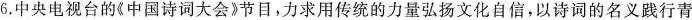
6.中央电视台的《中国诗词大会》节目，力求用传统的力量弘扬文化自信，以诗词的名义践行青